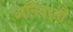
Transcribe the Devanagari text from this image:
अनिवर्ती